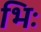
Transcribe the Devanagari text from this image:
भिः